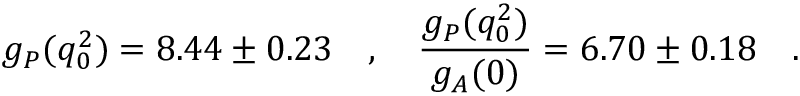
g _ { P } ( q _ { 0 } ^ { 2 } ) = 8 . 4 4 \pm 0 . 2 3 \ \ \ , \ \ \ \frac { g _ { P } ( q _ { 0 } ^ { 2 } ) } { g _ { A } ( 0 ) } = 6 . 7 0 \pm 0 . 1 8 \ \ \ .